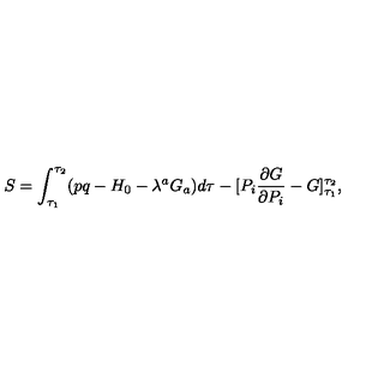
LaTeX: S = \int _ { \tau _ { 1 } } ^ { \tau _ { 2 } } ( p q - H _ { 0 } - \lambda ^ { a } G _ { a } ) d \tau - [ P _ { i } \frac { \partial G } { \partial P _ { i } } - G ] _ { \tau _ { 1 } } ^ { \tau _ { 2 } } ,